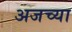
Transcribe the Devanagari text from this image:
अजच्या